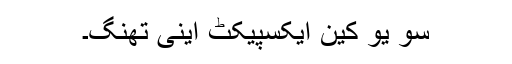
سو یو کین ایکسپیکٹ اینی تھنگ۔